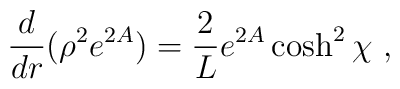
\frac{d}{dr} ( \rho^2 e^{2A}) =  \frac{2}{L }  e^{2A} \cosh^2 \chi\ ,